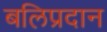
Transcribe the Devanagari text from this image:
बलिप्रदान